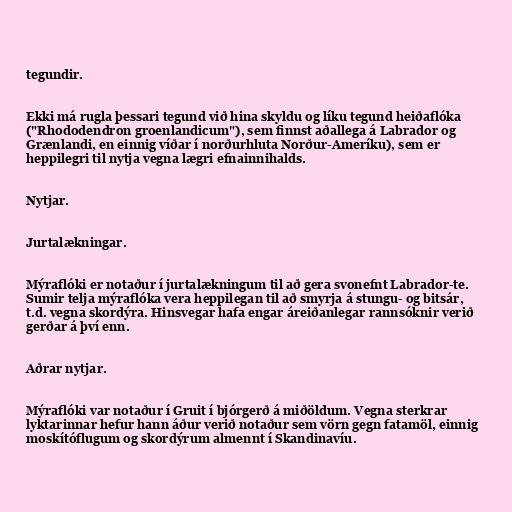
tegundir.

Ekki má rugla þessari tegund við hina skyldu og líku tegund heiðaflóka
("Rhododendron groenlandicum"), sem finnst aðallega á Labrador og
Grænlandi, en einnig víðar í norðurhluta Norður-Ameríku), sem er
heppilegri til nytja vegna lægri efnainnihalds.

Nytjar.

Jurtalækningar.

Mýraflóki er notaður í jurtalækningum til að gera svonefnt Labrador-te.
Sumir telja mýraflóka vera heppilegan til að smyrja á stungu- og bitsár,
t.d. vegna skordýra. Hinsvegar hafa engar áreiðanlegar rannsóknir verið
gerðar á því enn.

Aðrar nytjar.

Mýraflóki var notaður í Gruit í bjórgerð á miðöldum. Vegna sterkrar
lyktarinnar hefur hann áður verið notaður sem vörn gegn fatamöl, einnig
moskítóflugum og skordýrum almennt í Skandinavíu.